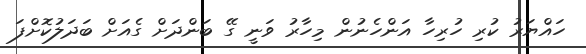
ހައްޔަރު ކުރި ހުރިހާ އަންހެނުން މިހާރު ވަނީ ގޭ ބަންދަށް ގެއަށް ބަދަލުކޮށްފަ